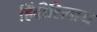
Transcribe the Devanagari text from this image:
हिंदीशिवाय